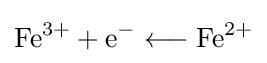
\mathrm {Fe^{3+}+e^{-}\longleftarrow Fe^{2+}}